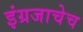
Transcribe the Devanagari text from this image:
इंग्रजाचेच